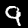
Digit: 9